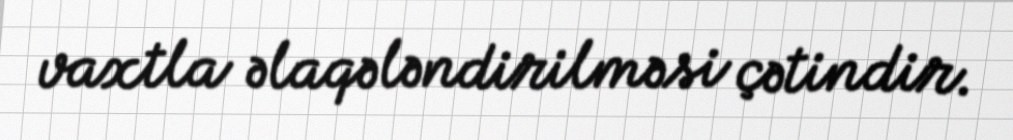
vaxtla əlaqələndirilməsi çətindir.